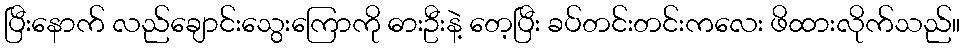
ပြီးနောက် လည်ချောင်းသွေးကြောကို ဓားဦးနဲ့ တေ့ပြီး ခပ်တင်းတင်းကလေး ဖိထားလိုက်သည်။